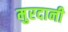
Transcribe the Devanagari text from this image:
मुरदानी